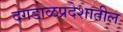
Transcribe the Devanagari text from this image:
दगडाळप्रदेशातील